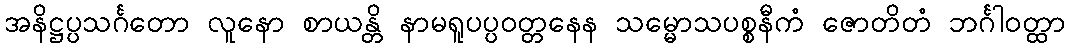
အနိဋ္ဌပ္ပသင်္ဂတော လူနော စာယန္တိ နာမရူပပ္ပဝတ္တနေန သမ္မောသပစ္စနီကံ ဇောတိတံ ဘင်္ဂါဝတ္ထာ